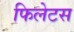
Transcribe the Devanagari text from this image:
फिलेटस